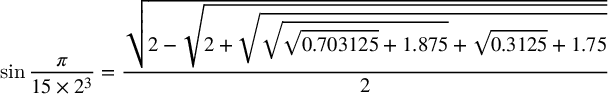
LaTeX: \sin { \frac { \pi } { 1 5 \times 2 ^ { 3 } } } = { \frac { \sqrt { 2 - { \sqrt { 2 + { \sqrt { { \sqrt { { \sqrt { 0 . 7 0 3 1 2 5 } } + 1 . 8 7 5 } } + { \sqrt { 0 . 3 1 2 5 } } + 1 . 7 5 } } } } } } { 2 } }